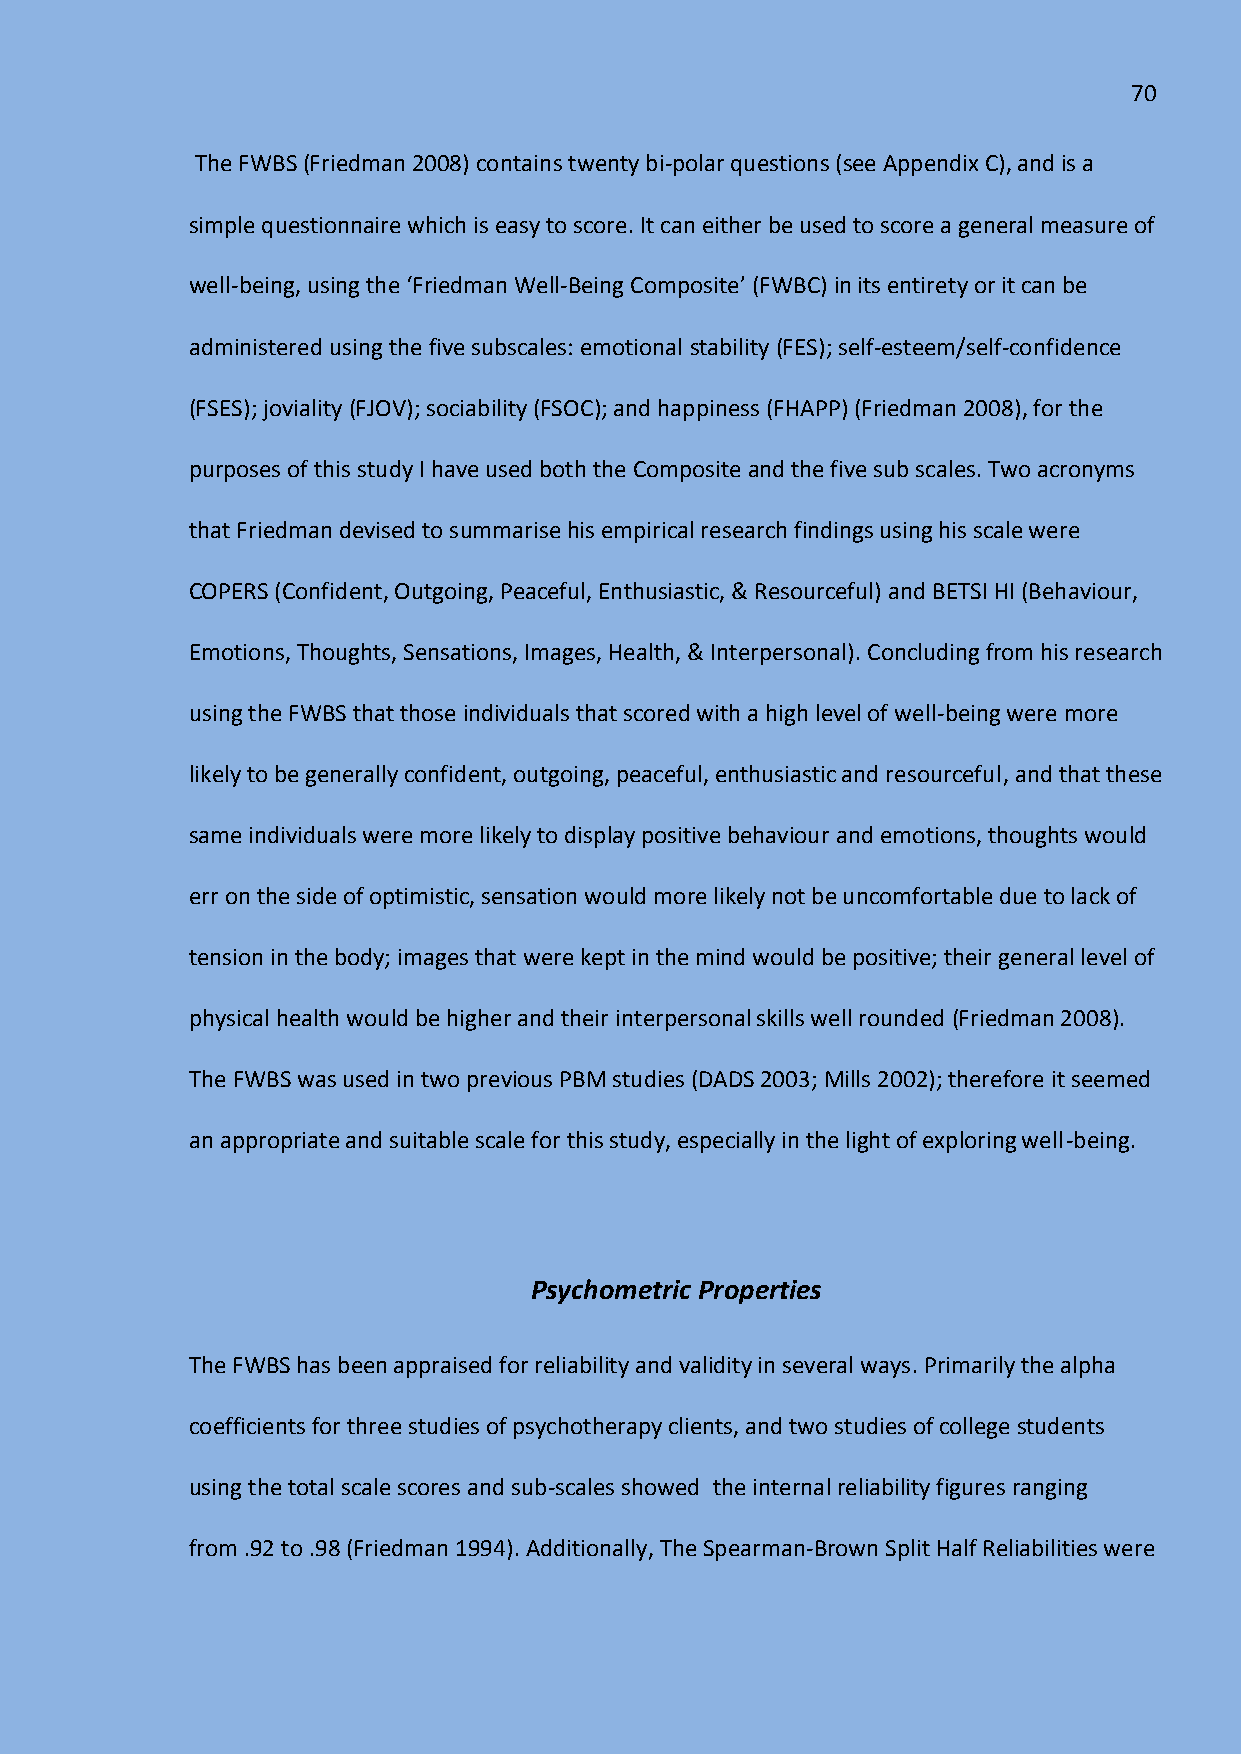
70
 The FWBS (Friedman 2008) contains twenty bi-polar questions (see Appendix C), and is a
 simple questionnaire which is easy to score. It can either be used to score a general measure of
 well-being, using the ‘Friedman Well-Being Composite’ (FWBC) in its entirety or it can be
 administered using the five subscales: emotional stability (FES); self-esteem/self-confidence
 (FSES); joviality (FJOV); sociability (FSOC); and happiness (FHAPP) (Friedman 2008), for the
 purposes of this study I have used both the Composite and the five sub scales. Two acronyms
 that Friedman devised to summarise his empirical research findings using his scale were
 COPERS (Confident, Outgoing, Peaceful, Enthusiastic, & Resourceful) and BETSI HI (Behaviour,
 Emotions, Thoughts, Sensations, Images, Health, & Interpersonal). Concluding from his research
 using the FWBS that those individuals that scored with a high level of well-being were more
 likely to be generally confident, outgoing, peaceful, enthusiastic and resourceful, and that these
 same individuals were more likely to display positive behaviour and emotions, thoughts would
 err on the side of optimistic, sensation would more likely not be uncomfortable due to lack of
 tension in the body; images that were kept in the mind would be positive; their general level of
 physical health would be higher and their interpersonal skills well rounded (Friedman 2008).
 The FWBS was used in two previous PBM studies (DADS 2003; Mills 2002); therefore it seemed
 an appropriate and suitable scale for this study, especially in the light of exploring well-being.
 Psychometric Properties
 The FWBS has been appraised for reliability and validity in several ways. Primarily the alpha
 coefficients for three studies of psychotherapy clients, and two studies of college students
 using the total scale scores and sub-scales showed the internal reliability figures ranging
 from .92 to .98 (Friedman 1994). Additionally, The Spearman-Brown Split Half Reliabilities were